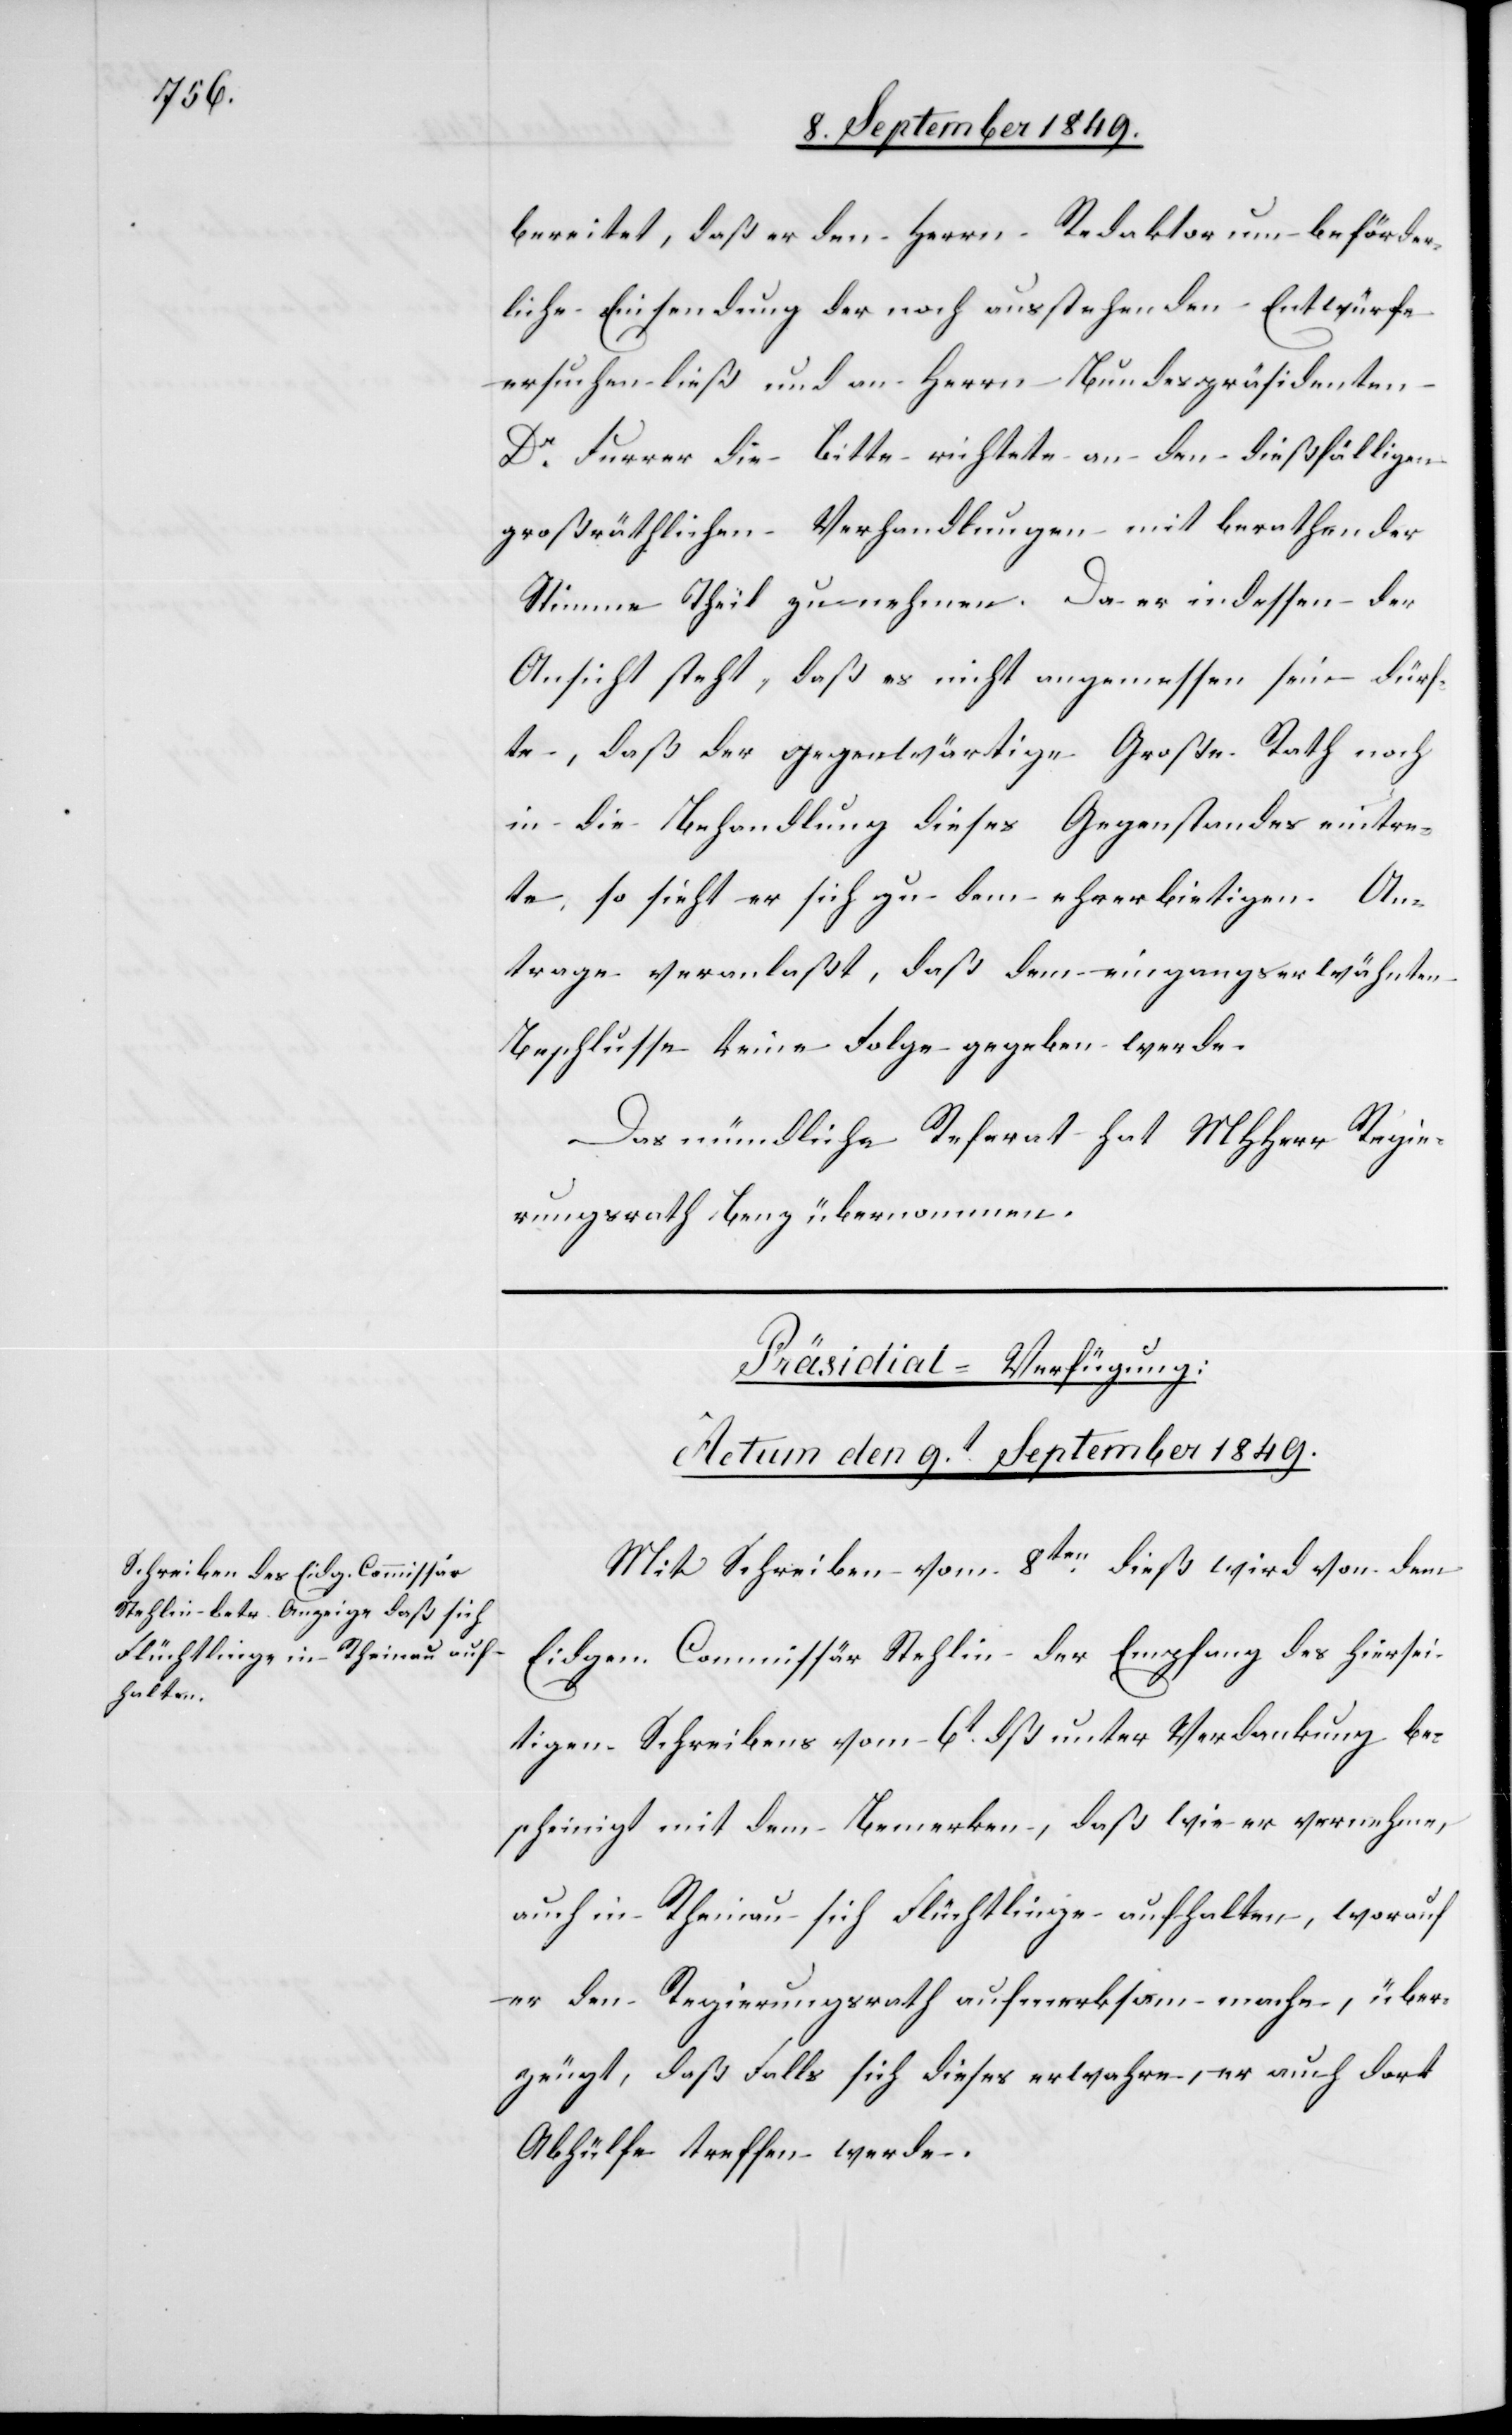
bereitet, daß er den Herrn Redaktor um beförder¬
liche Einsendung der noch ausstehenden Entwürfe
ersuchen ließ und an Herrn Bundespräsidenten
Dr Furrer die Bitte richtete an den dießfälligen
großräthlichen Verhandlungen mit berathender
Stimme Theil zu nehmen. Da er indessen der
Ansicht steht, daß es nicht angemessen sein dürf¬
te, daß der gegenwärtige Große Rath noch
in die Behandlung dieses Gegenstandes eintre¬
te, so sieht er sich zu dem ehrerbietigen An¬
trage veranlaßt, daß dem eingangserwähnten
Beschlusse keine Folge gegeben werde.
Das mündliche Referat hat MHHerr Regie¬
rungsrath Benz übernommen.
Präsidial-Verfügung:
Actum den 9t September 1849.
Mit Schreiben vom 8ten dieß wird von dem
Eidgen. Commissär Stehlin der Empfang des hiersei¬
tigen Schreibens vom 6t dß unter Verdankung be¬
scheinigt mit dem Bemerken, daß wie er vernehme,
auch in Rheinau sich Flüchtlinge aufhalten, worauf
er den Regierungsrath aufmerksam mache, über¬
zeugt, daß Falls sich dieses erwahre, er auch dort
Abhülfe treffen werde.